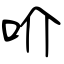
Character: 吤